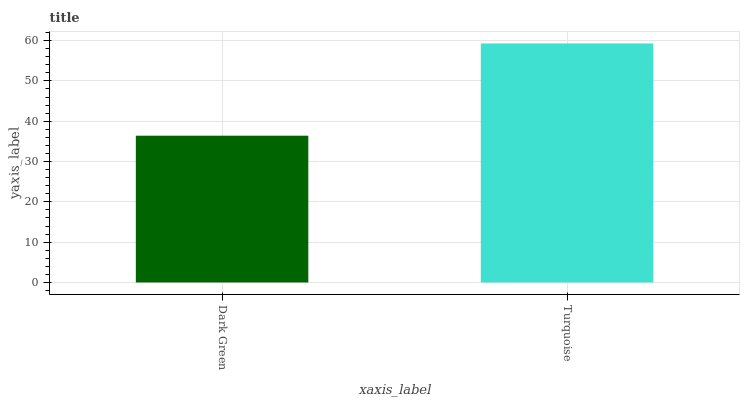
| xaxis_label | bars |
 | --- | --- |
 | Dark Green | 36.4 |
 | Turquoise | 59.3 |